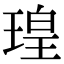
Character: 瑝